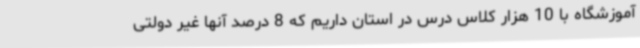
آموزشگاه با 10 هزار کلاس درس در استان داریم که 8 درصد آنها غیر دولتی